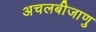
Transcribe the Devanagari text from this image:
अचलबीजाणु